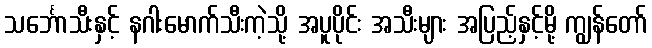
သင်္ဘောသီးနှင့် နဂါးမောက်သီးကဲ့သို့ အပူပိုင်း အသီးများ အပြည့်နှင့်မို့ ကျွန်တော်